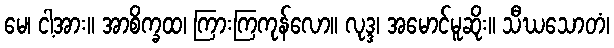
မေ၊ ငါ့အား။ အာစိက္ခထ၊ ကြားကြကုန်လော။ လုဒ္ဒ၊ အမောင်မူဆိုး။ သီဃသောတံ၊